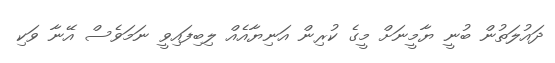
ދައުލަތުން ބުނީ ޔާމީނަށް މީގެ ކުރިން އަނިޔާއެއް ލިބިފައިވީ ނަމަވެސް އޭނާ ވަކި